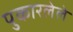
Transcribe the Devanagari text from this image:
पुकारलेले